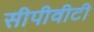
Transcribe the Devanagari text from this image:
सीपीवीटी